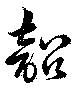
韶